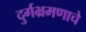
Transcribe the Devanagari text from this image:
दुर्गभ्रमणाचे